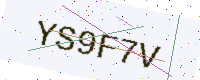
Text: YS9F7V